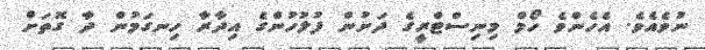
ނުވެއެވެ. އެހެންވެ ހޯމް މިނިސްޓްރީގެ ދަށުން ފުލުހުންގެ އިދާރާ ހިނގަމުން ދާ ގޮތަށް